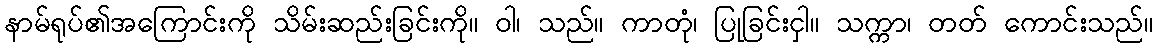
နာမ်ရုပ်၏အကြောင်းကို သိမ်းဆည်းခြင်းကို။ ဝါ၊ သည်။ ကာတုံ၊ ပြုခြင်းငှါ။ သက္ကာ၊ တတ် ကောင်းသည်။